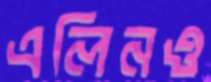
এলিনও